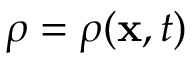
\rho = \rho ( \mathbf { x } , t )